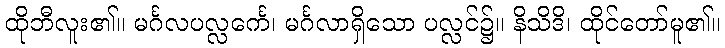
ထိုဘီလူး၏။ မင်္ဂလပလ္လင်္ကေ၊ မင်္ဂလာရှိသော ပလ္လင်၌။ နိသိဒိ၊ ထိုင်တော်မူ၏။